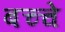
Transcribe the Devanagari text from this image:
बच्चे